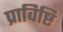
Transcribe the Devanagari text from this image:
प्राविष्टि